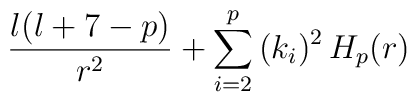
{\l(\l+7-p) \over r^2} + \sum_{i = 2}^p \, (k_i)^2 \, H_p(r)